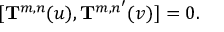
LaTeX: [ { \bf T } ^ { m , n } ( u ) , { \bf T } ^ { m , n ^ { \prime } } ( v ) ] = 0 .